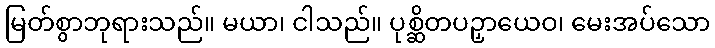
မြတ်စွာဘုရားသည်။ မယာ၊ ငါသည်။ ပုစ္ဆိတပဉှာယေဝ၊ မေးအပ်သော